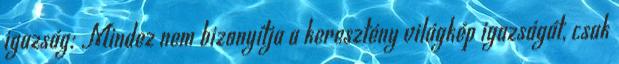
igazság: Mindez nem bizonyítja a keresztény világkép igazságát, csak